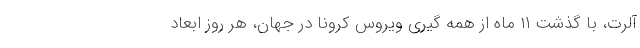
آلرت، با گذشت ۱۱ ماه از همه گیری ویروس کرونا در جهان، هر روز ابعاد